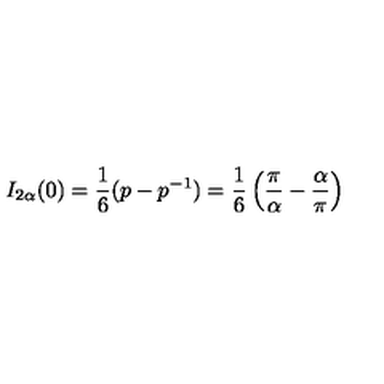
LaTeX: I _ { 2 \alpha } ( 0 ) = \frac { 1 } { 6 } ( p - p ^ { - 1 } ) = \frac { 1 } { 6 } \left( \frac { \pi } { \alpha } - \frac { \alpha } { \pi } \right)